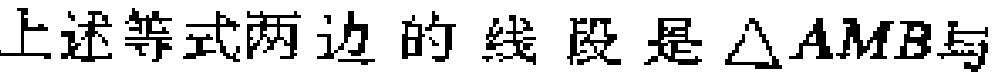
上述等式两边的线段是\(\triangle AMB\)与